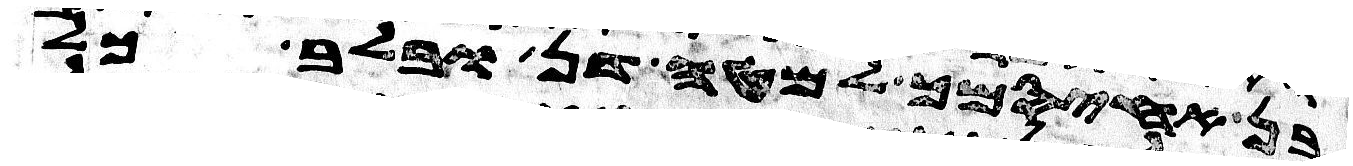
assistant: בן אחיסמך למטה דן ובלב כל